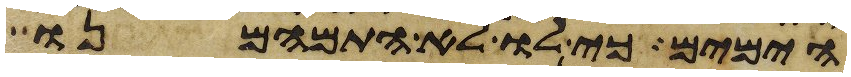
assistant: הימים כי לו לא התמהמנו